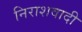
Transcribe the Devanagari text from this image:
निराशवादी